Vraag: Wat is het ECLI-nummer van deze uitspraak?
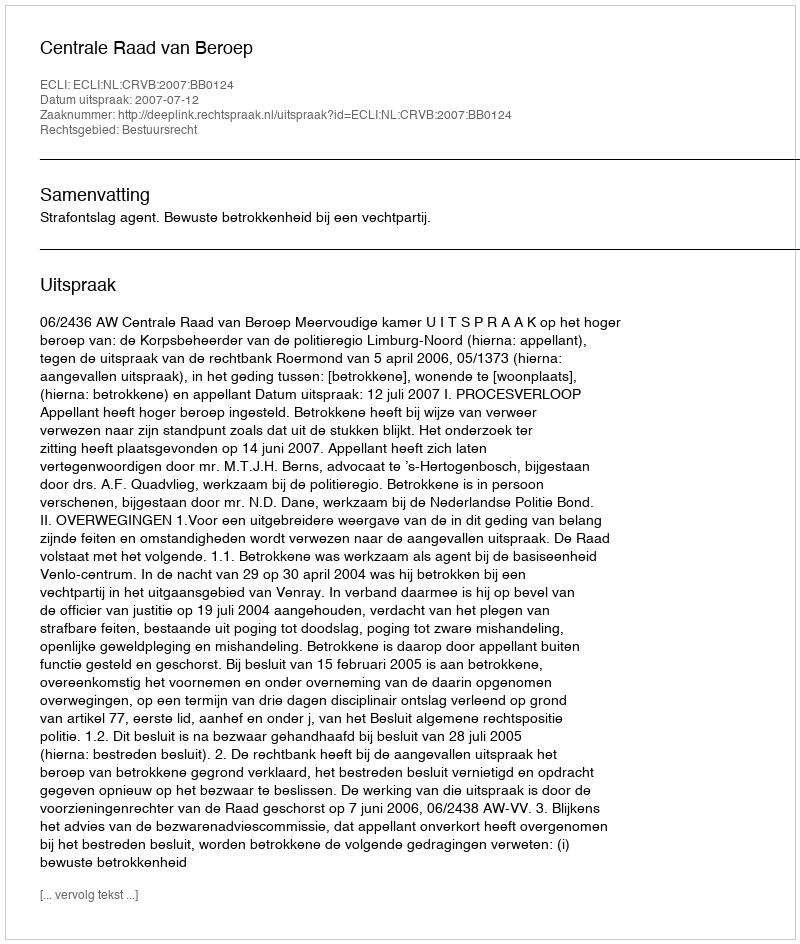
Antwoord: ECLI:NL:CRVB:2007:BB0124